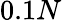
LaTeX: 0.1N